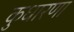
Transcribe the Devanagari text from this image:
कुधारणा